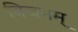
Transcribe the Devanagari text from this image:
विजनम्